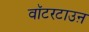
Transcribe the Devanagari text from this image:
वॉटरटाउऩ